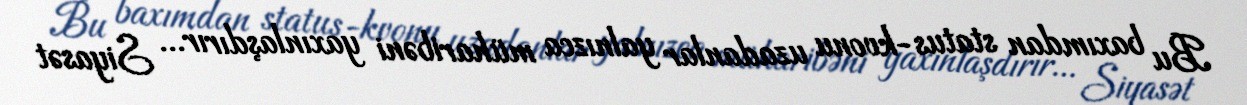
Bu baxımdan status-kvonu uzadanlar yalnızca müharibəni yaxınlaşdırır... Siyasət